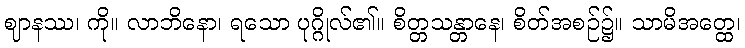
ဈာနဿ၊ ကို။ လာဘိနော၊ ရသော ပုဂ္ဂိုလ်၏။ စိတ္တသန္တာနေ၊ စိတ်အစဉ်၌။ သာမိအတ္ထေ၊